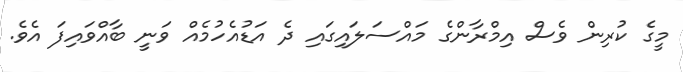
މީގެ ކުރިން ވެސް އިމްރާންގެ މައްސަލައިގައި ދެ އަޑުއެހުމެއް ވަނީ ބާއްވައިފަ އެވެ.